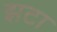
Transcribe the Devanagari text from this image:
झटा